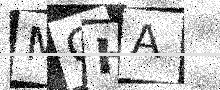
Text: MGHA